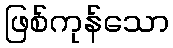
ဖြစ်ကုန်သော